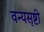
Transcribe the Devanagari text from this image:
वन्यसृष्टी